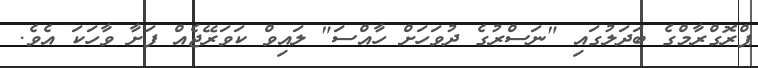
ޕްރޮގްރާމްގެ ބަދަލުގައި "ނަސްރުގެ ދުވަހަށް ހާއްސަ" ލަައިވް ކަވަރޭޖެއް ފަށާ ވާހަކަ އެވެ.